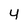
Character: y